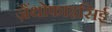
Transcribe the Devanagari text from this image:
ज़ैंथोफाइसिई